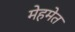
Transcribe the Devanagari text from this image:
मेहमेत